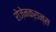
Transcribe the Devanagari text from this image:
रोज़ेनक्रान्स